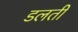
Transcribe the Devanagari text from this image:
डलती